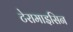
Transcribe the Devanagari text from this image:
टेरामाइसिन